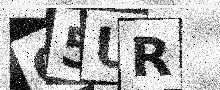
Text: O5UR